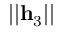
| | \mathbf { h } _ { 3 } | |